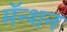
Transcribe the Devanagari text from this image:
मॅन्शन